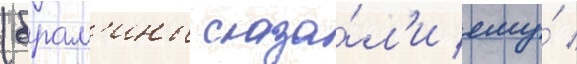
(брам'ины сказа́л'и ему́ /